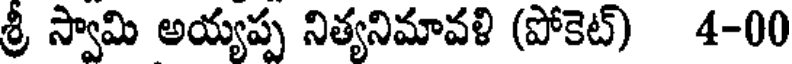
శ్రీ స్వామి అయ్యప్ప నిత్యనిమావళి (పోకెట్) 4-00